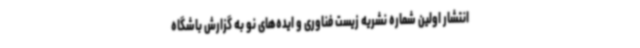
انتشار اولین شماره نشریه زیست فناوری و ایده‌های نو به گزارش باشگاه